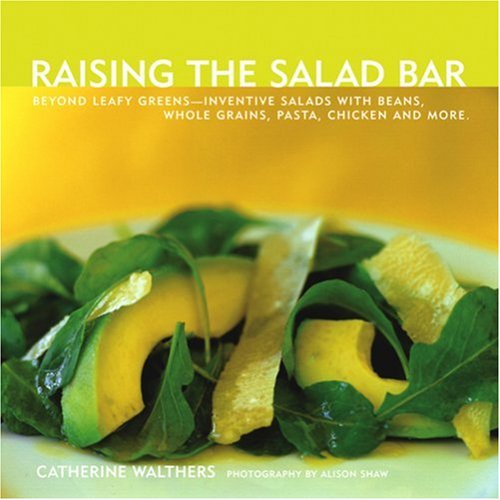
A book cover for Raising the Salad Bar: Beyond Leafy Greens--Inventive Salads with Beans, Whole Grains, Pasta, Chicken, and More; Catherine Walthers; Cookbooks, Food & Wine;